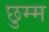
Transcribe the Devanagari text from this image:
छुम्म